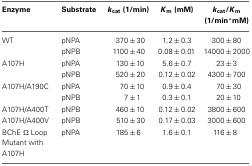
<table><thead><tr><td><b>Enzyme</b></td><td><b>Substrate</b></td><td><b><i>k</i><sub>cat</sub> (1/min)</b></td><td><b><i>K</i><sub>m</sub> (mM)</b></td><td><b><i>k</i><sub>cat</sub>/<i>K</i><sub>m</sub> (1/min*mM)</b></td></tr></thead><tbody><tr><td>WT</td><td>pNPA</td><td>370 ± 30</td><td>1.2 ± 0.3</td><td>300 ± 80</td></tr><tr><td></td><td>pNPB</td><td>1100 ± 40</td><td>0.08 ± 0.01</td><td>14000 ± 2000</td></tr><tr><td>A107H</td><td>pNPA</td><td>130 ± 10</td><td>5.6 ± 0.7</td><td>23 ± 3</td></tr><tr><td></td><td>pNPB</td><td>520 ± 20</td><td>0.12 ± 0.02</td><td>4300 ± 700</td></tr><tr><td>A107H/A190C</td><td>pNPA</td><td>70 ± 10</td><td>0.9 ± 0.4</td><td>70 ± 30</td></tr><tr><td></td><td>pNPB</td><td>7 ± 1</td><td>0.3 ± 0.1</td><td>20 ± 10</td></tr><tr><td>A107H/A400T</td><td>pNPB</td><td>460 ± 10</td><td>0.12 ± 0.02</td><td>3800 ± 600</td></tr><tr><td>A107H/A400V</td><td>pNPB</td><td>510 ± 30</td><td>0.17 ± 0.03</td><td>3000 ± 600</td></tr><tr><td>BChE Ω Loop Mutant with A107H</td><td>pNPA</td><td>185 ± 6</td><td>1.6 ± 0.1</td><td>116 ± 8</td></tr></tbody></table>